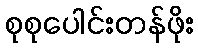
စုစုပေါင်းတန်ဖိုး